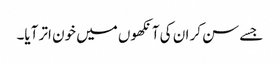
جسے سن کر ان کی آنکھوں میں خون اتر آیا۔